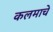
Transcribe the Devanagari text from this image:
कलमाचे